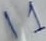
Text: I1